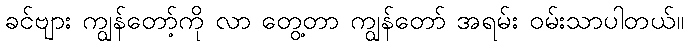
ခင်ဗျား ကျွန်တော့်ကို လာ တွေ့တာ ကျွန်တော် အရမ်း ဝမ်းသာပါတယ်။